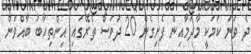
ދެ ވަނަ ކަމަކީ މާދަމާއިން ފެށިގެން 20 ދުވަސް ތެރޭގައި އިންތިހާބު ބާއްވަން